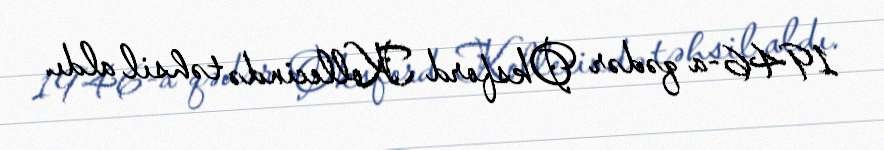
1946-a qədər Oksford Kollecində təhsil aldı.